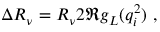
\Delta R _ { \nu } = R _ { \nu } 2 \Re { g _ { L } ( q _ { i } ^ { 2 } ) } ~ ,